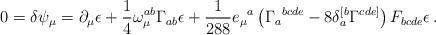
LaTeX: \begin{align*}0 = \delta \psi_\mu = \partial_\mu \epsilon + \frac 14\omega_\mu^{ab} \Gamma_{ab}\epsilon + \frac 1{288}e_\mu{}^a\left(\Gamma_a{}^{bcde} - 8 \delta_a^{[b} \Gamma^{cde]}\right)F_{bcde}\epsilon\,.\end{align*}